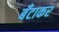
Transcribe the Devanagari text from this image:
बँटाकर